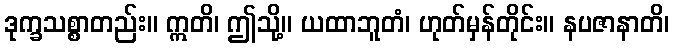
ဒုက္ခသစ္စာတည်း။ ဣတိ၊ ဤသို့။ ယထာဘူတံ၊ ဟုတ်မှန်တိုင်း။ နပဇာနာတိ၊